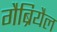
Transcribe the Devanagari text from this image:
गैब्रियैल